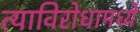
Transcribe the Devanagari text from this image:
त्याविरोधामध्ये